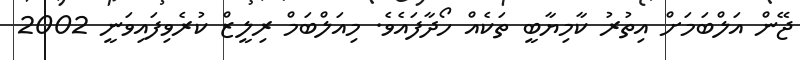
ޖޭން އަލްބަމަށް އިތުރު ކާމިޔާބީ ތަކެއް ހޯދާފައެވެ. މިއަލްބަމް ރިލީޒް ކުރެވިފައިވަނީ 2002